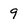
Character: 9